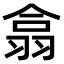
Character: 翕